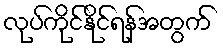
လုပ်ကိုင်နိုင်ရန်အတွက်